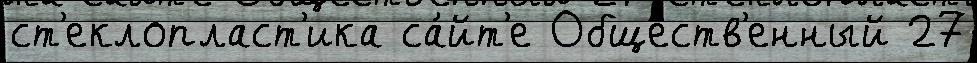
ст'еклопласт'ика са́йт'е Обще́ств'енный 27